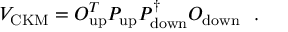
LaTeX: V _ { \mathrm { C K M } } = O _ { \mathrm { u p } } ^ { T } P _ { \mathrm { u p } } P _ { \mathrm { d o w n } } ^ { \dagger } O _ { \mathrm { d o w n } } ~ ~ .